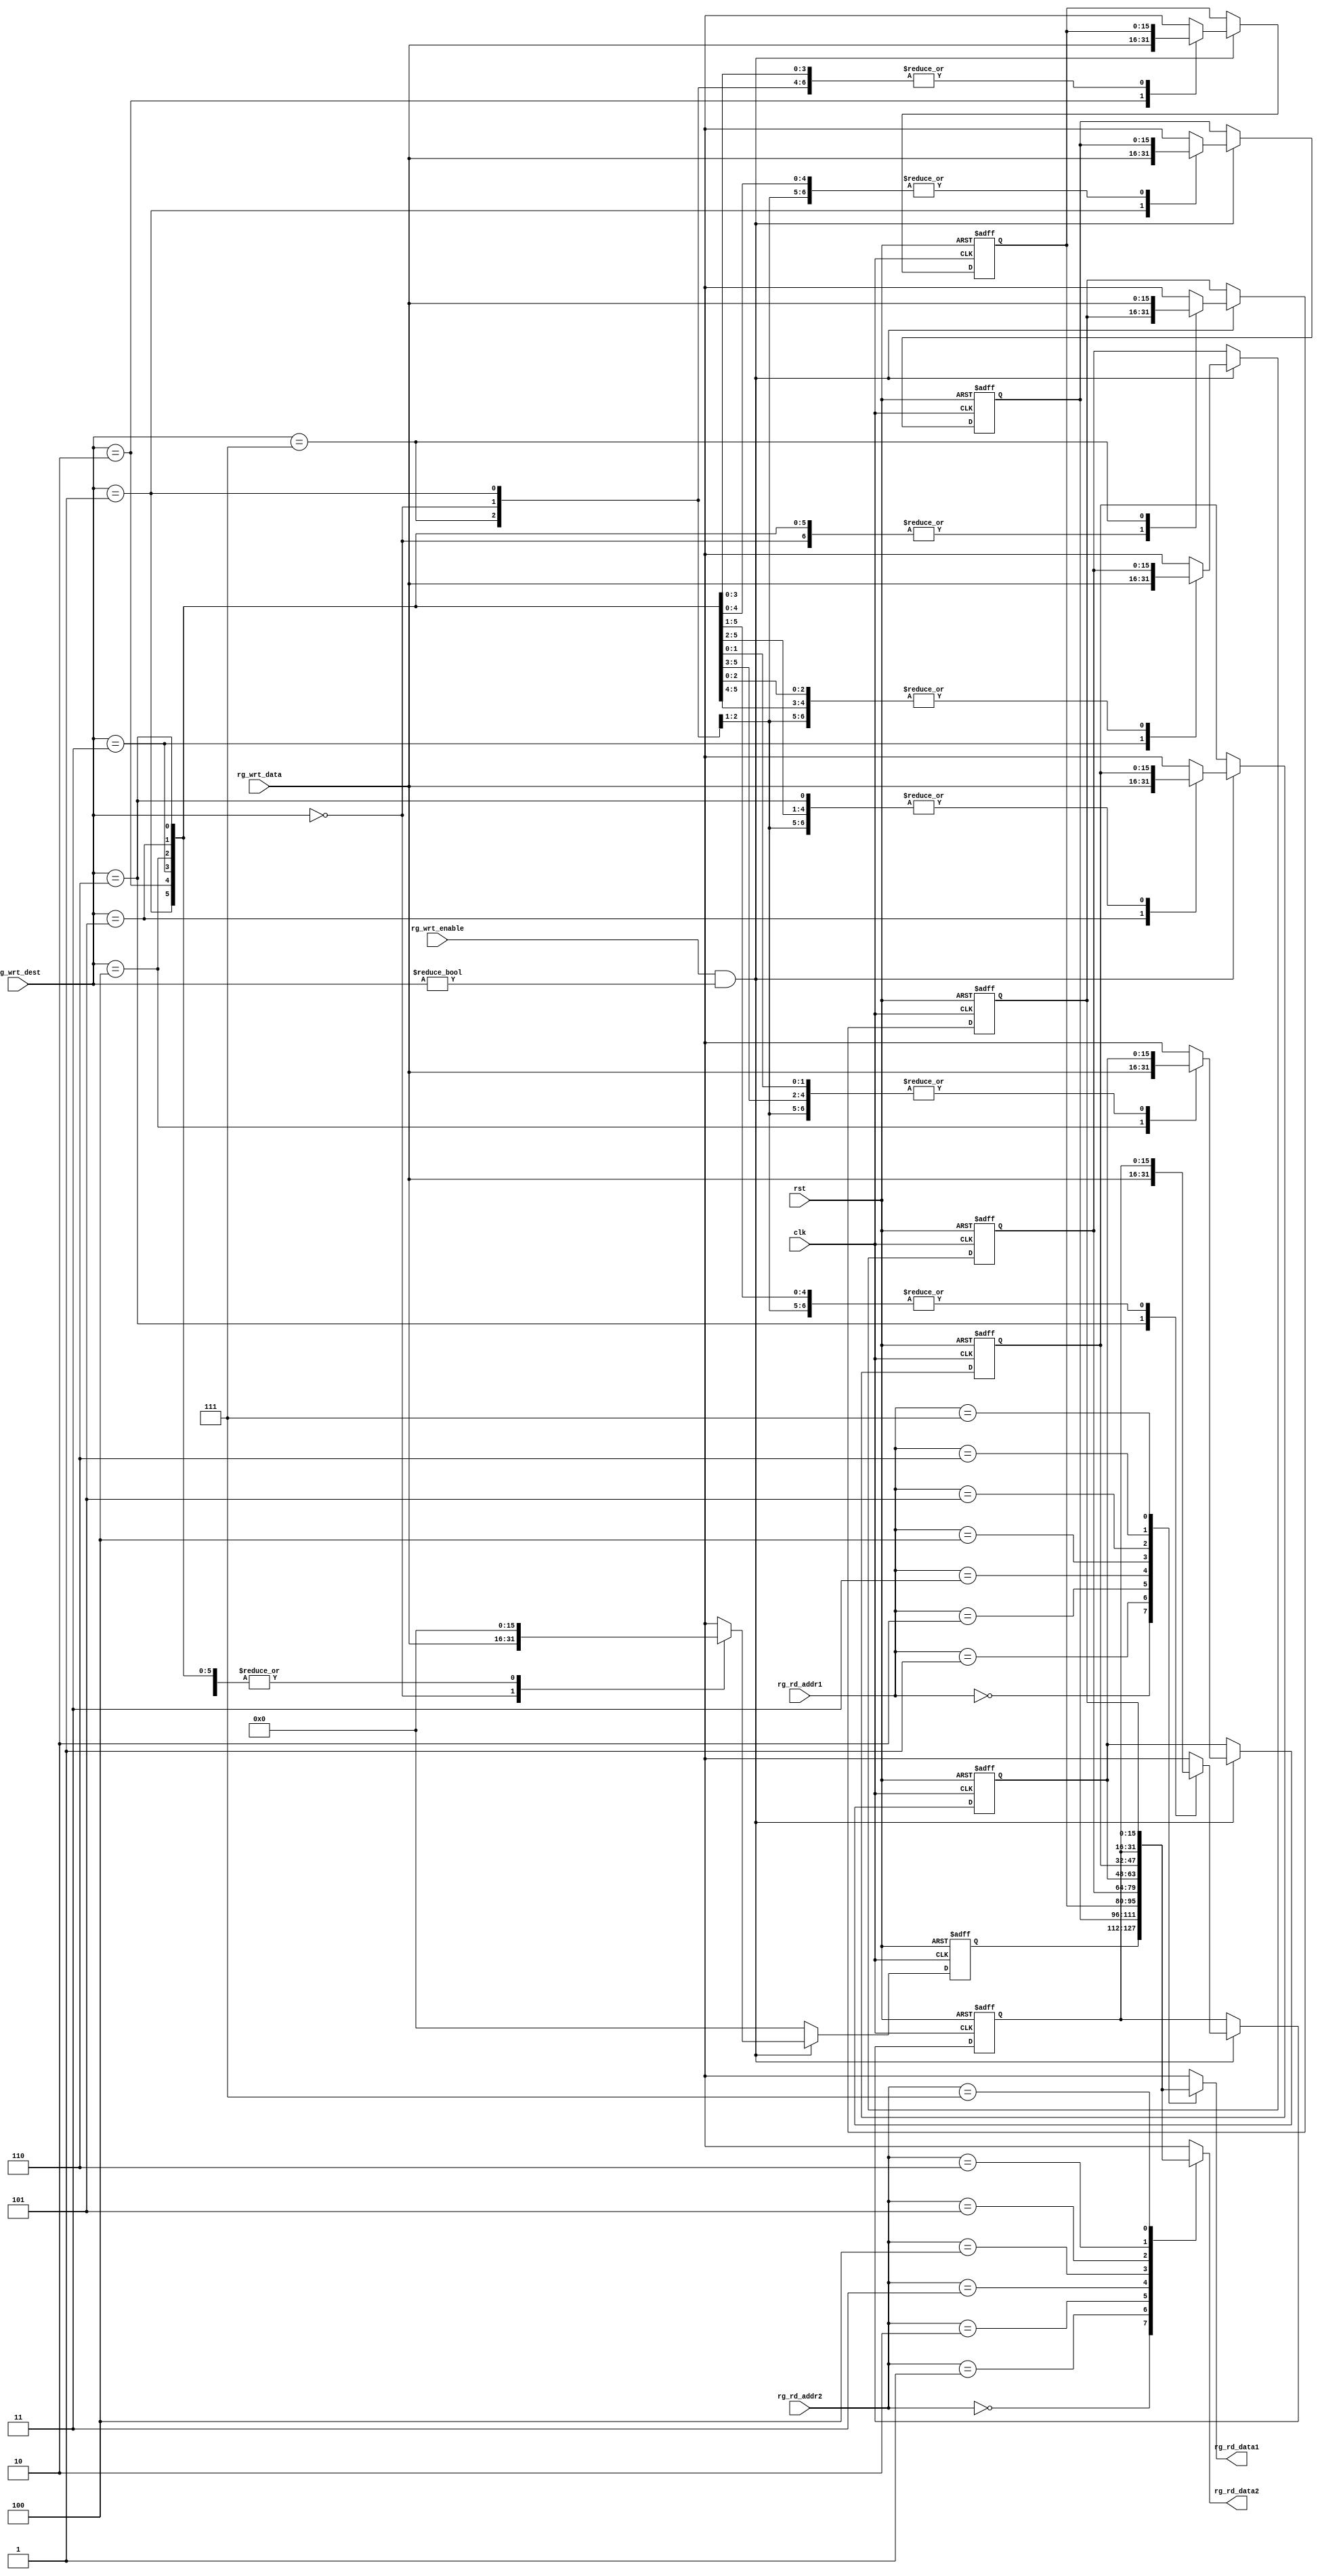
module  RegisterFile  (
  input         clk,
  input         rst,
  input         rg_wrt_enable,
  input [2:0]   rg_wrt_dest,
  input[15:0]   rg_wrt_data,
  input [2:0]   rg_rd_addr1,
  output [15:0] rg_rd_data1,
  input [2:0]   rg_rd_addr2,
  output [15:0] rg_rd_data2
);

reg [15:0] DataRegister [7:0];
  
  always@(posedge rst, posedge clk)begin
  
    DataRegister[0][15:0] = 16'b0;
    
    if(rst)begin
       DataRegister[7][15:0] = 16'b0;
       DataRegister[6][15:0] = 16'b0;
       DataRegister[5][15:0] = 16'b0;
       DataRegister[4][15:0] = 16'b0;
       DataRegister[3][15:0] = 16'b0;
       DataRegister[2][15:0] = 16'b0;
       DataRegister[1][15:0] = 16'b0;
       DataRegister[0][15:0] = 16'b0;
    end
    else if(rg_wrt_enable && rg_wrt_dest != 0)
      DataRegister[rg_wrt_dest] = rg_wrt_data;
    end
  
  assign rg_rd_data1 = DataRegister[rg_rd_addr1];
  assign rg_rd_data2 = DataRegister[rg_rd_addr2];
    
endmodule